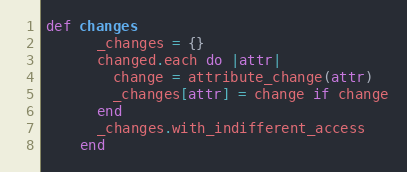
Language: Ruby
def changes
      _changes = {}
      changed.each do |attr|
        change = attribute_change(attr)
        _changes[attr] = change if change
      end
      _changes.with_indifferent_access
    end